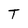
Character: T